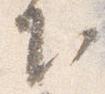
下